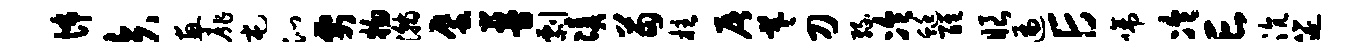
怖矢惠扉屯沁要物瀚蜃蔓剽凑苗柱屠羲刀缘冷蜓醒眼遍E啼冷亡沆筵